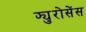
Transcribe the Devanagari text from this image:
फ्युरोसेंस